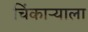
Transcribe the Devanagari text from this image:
चिंकाऱ्याला